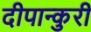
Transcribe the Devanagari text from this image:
दीपान्कुरी